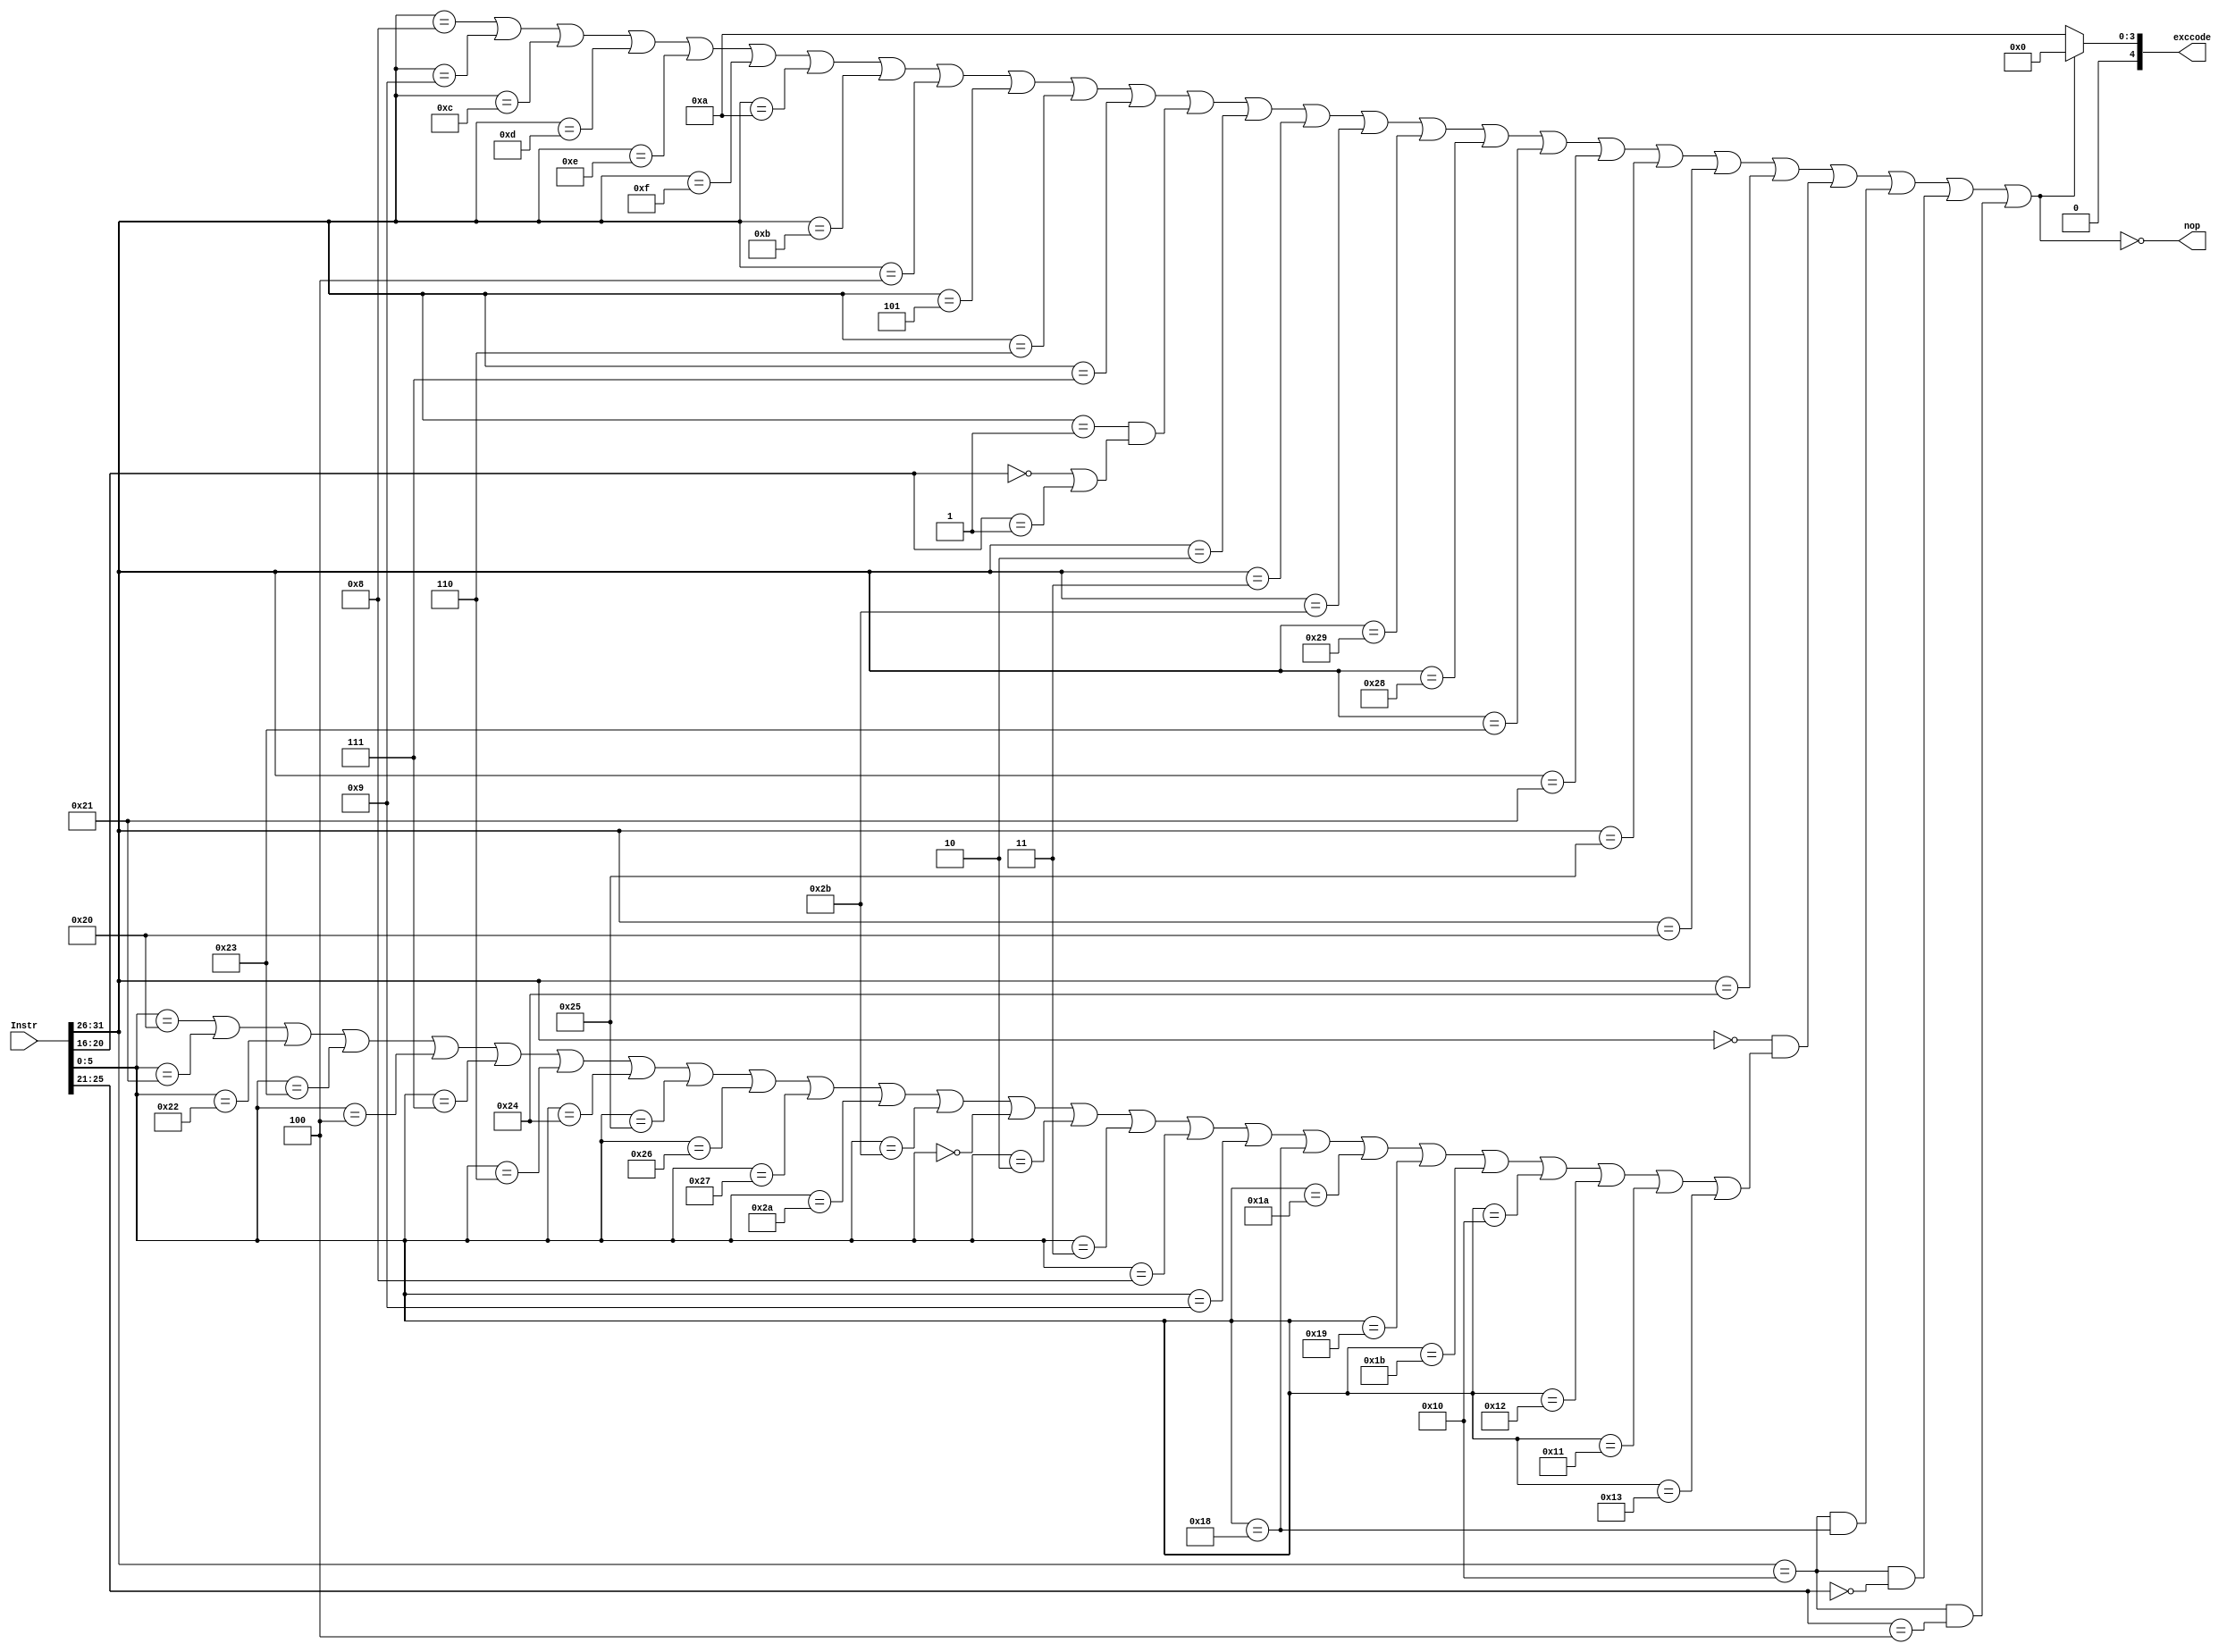
`timescale 1ns / 1ps
`define R 6'b000000
`define add 6'b100000
`define addu 6'b100001
`define sub 6'b100010
`define subu 6'b100011
`define sllv 6'b000100
`define srav 6'b000111
`define srlv 6'b000110
`define AND 6'b100100
`define OR 6'b100101
`define XOR 6'b100110
`define NOR 6'b100111
`define slt 6'b101010
`define sltu 6'b101011
`define sll 6'b000000
`define srl 6'b000010
`define sra 6'b000011

`define addi 6'b001000
`define addiu 6'b001001
`define andi 6'b001100
`define ori 6'b001101
`define xori 6'b001110
`define lui 6'b001111
`define slti 6'b001010
`define sltiu 6'b001011

`define beq 6'b000100
`define bne 6'b000101
`define blez 6'b000110
`define bgtz 6'b000111
`define BZ 6'b000001//bltzbgez
`define bltz 5'b00000
`define bgez 5'b00001

`define j 6'b000010
`define jal 6'b000011
`define jalr 6'b001001
`define jr 6'b001000

`define sw 6'b101011
`define sh 6'b101001
`define sb 6'b101000
`define lw 6'b100011
`define lh 6'b100001
`define lhu 6'b100101
`define lb 6'b100000
`define lbu 6'b100100

`define mult 6'b011000
`define multu 6'b011001
`define div 6'b011010
`define divu 6'b011011
`define mthi 6'b010001
`define mtlo 6'b010011
`define mfhi 6'b010000
`define mflo 6'b010010

`define cp0 6'b010000
`define eret 6'b011000
`define mfc0 5'b00000
`define mtc0 5'b00100 
//////////////////////////////////////////////////////////////////////////////////
// Company: 
// Engineer: 
// 
// Design Name: 
// Module Name:    ID_Exception 
// Project Name: 
// Target Devices: 
// Tool versions: 
// Description: 
//
// Dependencies: 
//
// Revision: 
// Revision 0.01 - File Created
// Additional Comments: 
//
//////////////////////////////////////////////////////////////////////////////////
module ID_Exception(
    input [31:0] Instr,
    output nop,
    output [4:0] exccode
    );
	 wire [5:0]op=Instr[31:26];
	 wire [5:0]func=Instr[5:0];
	 wire [4:0]BZ=Instr[20:16];
	 wire [4:0]c0=Instr[25:21];
	wire flag=(op==`addi)||
					(op==`addiu)||
					(op==`andi)||
					(op==`ori)||
					(op==`xori)||
					(op==`lui)||
					(op==`slti)||
					(op==`sltiu)||
					(op==`beq)||
					(op==`bne)||
					(op==`blez)||
					(op==`bgtz)||
					(op==`BZ && (BZ==`bltz || BZ==`bgez))||
					(op==`j)||
					(op==`jal)||
					(op==`sw)||
					(op==`sh)||
					(op==`sb)||
					(op==`lw)||
					(op==`lh)||
					(op==`lhu)||
					(op==`lb)||
					(op==`lbu)||
					(op==`R && ((func==`add)||
									(func==`addu)||
									(func==`sub)||
									(func==`subu)||
									(func==`sllv)||
									(func==`srav)||
									(func==`srlv)||
									(func==`AND)||
									(func==`OR)||
									(func==`XOR)||
									(func==`NOR)||
									(func==`slt)||
									(func==`sltu)||
									(func==`sll)||
									(func==`srl)||
									(func==`sra)||
									(func==`jr)||
									(func==`jalr)||
									(func==`mult)||
									(func==`div)||
									(func==`multu)||
									(func==`divu)||
									(func==`mfhi)||
									(func==`mflo)||
									(func==`mthi)||
									(func==`mtlo)
								))||
					(op==`cp0 && func==`eret)||
					(op==`cp0 && c0==`mfc0)||
					(op==`cp0 && c0==`mtc0);
	assign nop=~flag;
	assign exccode=flag?0:10;

endmodule